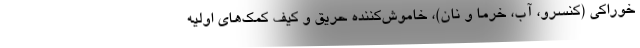
خوراکی (کنسرو، آب، خرما و نان)، خاموش‌کننده حریق و کیف کمک‌های اولیه